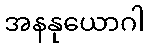
အနနုယောဂါ